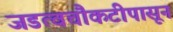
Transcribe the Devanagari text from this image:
जडत्वचौकटीपासून